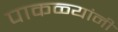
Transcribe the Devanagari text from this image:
पाकळ्यांनी